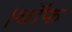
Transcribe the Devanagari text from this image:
।श्रॉफ